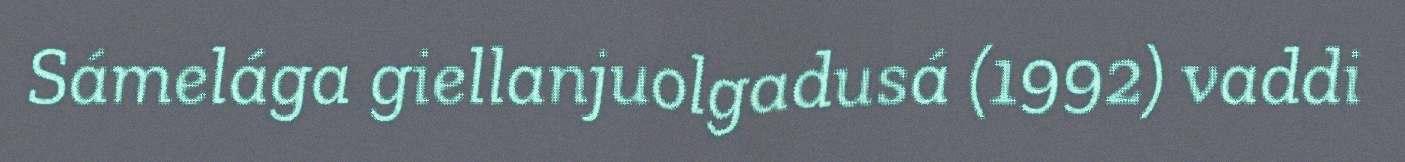
Sámelága giellanjuolgadusá (1992) vaddi